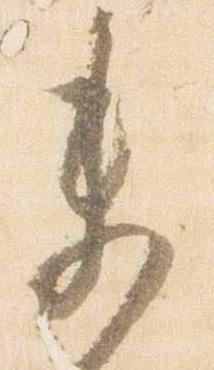
未